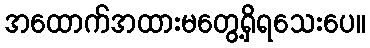
အထောက်အထားမတွေ့ရှိရသေးပေ။